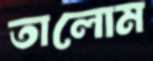
তালোম